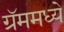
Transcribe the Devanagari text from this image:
ग्रॅममध्ये